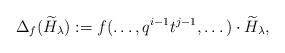
LaTeX: \begin{align*}\Delta_f(\widetilde{H}_{\lambda}) := f( \dots, q^{i-1} t^{j-1}, \dots ) \cdot \widetilde{H}_{\lambda},\end{align*}